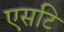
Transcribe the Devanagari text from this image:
एसटि